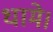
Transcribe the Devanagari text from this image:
धामे।